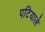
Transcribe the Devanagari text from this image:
पटियाले